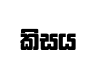
කිසය